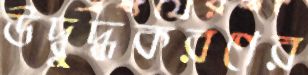
উদ্বুদ্ধকরণের